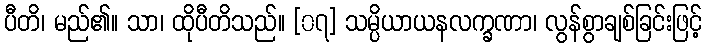
ပီတိ၊ မည်၏။ သာ၊ ထိုပီတိသည်။ [၀၇] သမ္ပိယာယနလက္ခဏာ၊ လွန်စွာချစ်ခြင်းဖြင့်